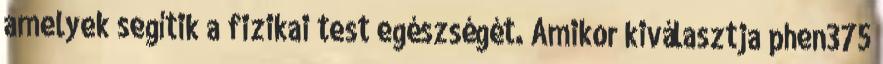
amelyek segítik a fizikai test egészségét. Amikor kiválasztja phen375